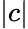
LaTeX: |c|